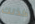
كذلك